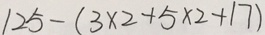
1 2 5 - ( 3 \times 2 + 5 \times 2 + 1 7 )